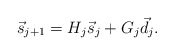
\begin{align*}\vec{s}_{j+1} = H_j \vec{s}_j + G_j \vec{d}_j.\end{align*}